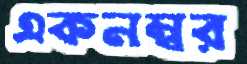
একনম্বর